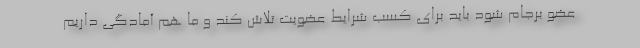
عضو برجام شود باید برای کسب شرایط عضویت تلاش کند و ما هم آمادگی داریم